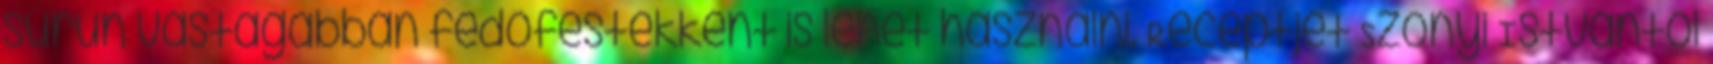
sűrűn vastagabban fedőfestékként is lehet használni. Receptjét Szőnyi Istvántól